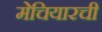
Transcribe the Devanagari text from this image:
मेचियारची